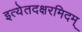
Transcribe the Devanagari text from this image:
इत्येतदक्षरमिदम्